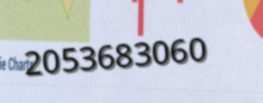
2053683060